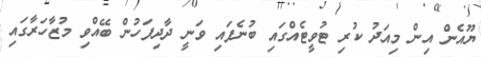
ޔޫއެން އިން މިއަދު ކުރި ޓުވީޓެއްގައި ބުނެފައި ވަނީ ދާދިފަހުން ބޭއްވި މުޒާހަރާގައި